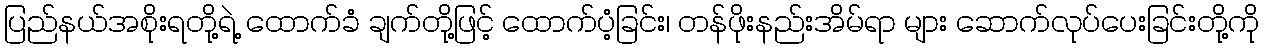
ပြည်နယ်အစိုးရတို့ရဲ့ ထောက်ခံ ချက်တို့ဖြင့် ထောက်ပံ့ခြင်း၊ တန်ဖိုးနည်းအိမ်ရာ များ ဆောက်လုပ်ပေးခြင်းတို့ကို